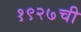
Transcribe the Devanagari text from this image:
१९२७ची